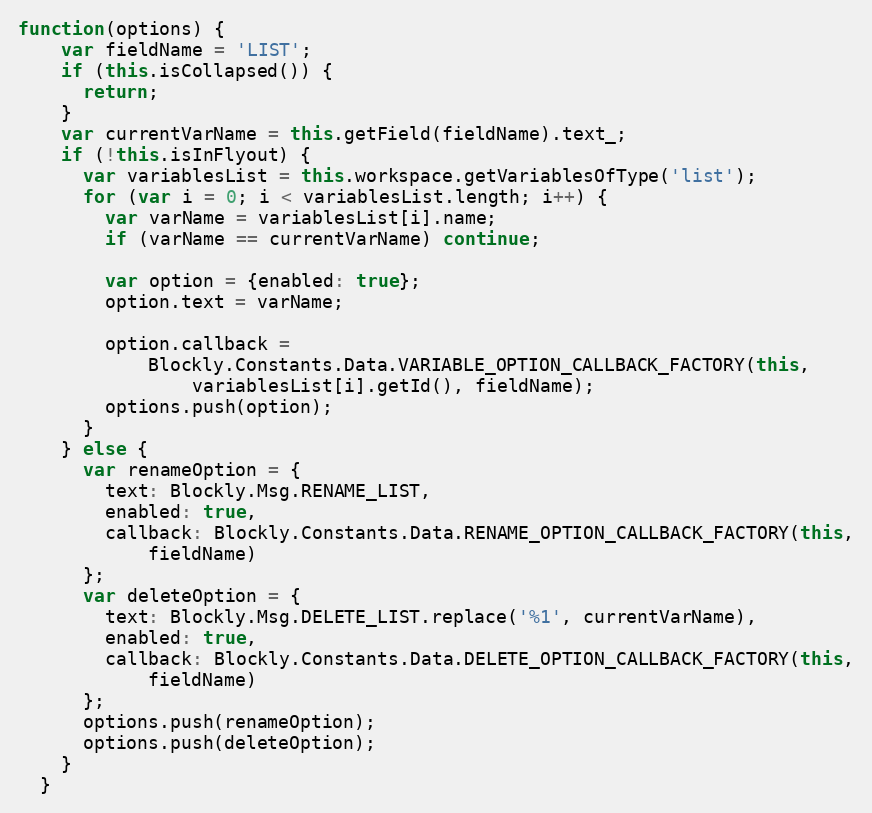
Language: JavaScript
function(options) {
    var fieldName = 'LIST';
    if (this.isCollapsed()) {
      return;
    }
    var currentVarName = this.getField(fieldName).text_;
    if (!this.isInFlyout) {
      var variablesList = this.workspace.getVariablesOfType('list');
      for (var i = 0; i < variablesList.length; i++) {
        var varName = variablesList[i].name;
        if (varName == currentVarName) continue;

        var option = {enabled: true};
        option.text = varName;

        option.callback =
            Blockly.Constants.Data.VARIABLE_OPTION_CALLBACK_FACTORY(this,
                variablesList[i].getId(), fieldName);
        options.push(option);
      }
    } else {
      var renameOption = {
        text: Blockly.Msg.RENAME_LIST,
        enabled: true,
        callback: Blockly.Constants.Data.RENAME_OPTION_CALLBACK_FACTORY(this,
            fieldName)
      };
      var deleteOption = {
        text: Blockly.Msg.DELETE_LIST.replace('%1', currentVarName),
        enabled: true,
        callback: Blockly.Constants.Data.DELETE_OPTION_CALLBACK_FACTORY(this,
            fieldName)
      };
      options.push(renameOption);
      options.push(deleteOption);
    }
  }